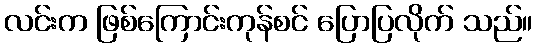
လင်းက ဖြစ်ကြောင်းကုန်စင် ပြောပြလိုက် သည်။